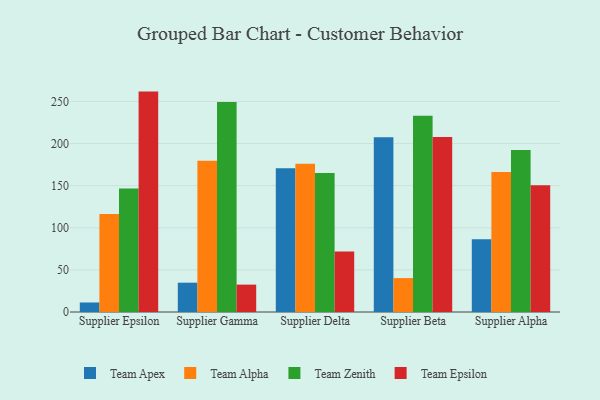
{"axis": {"x": "Supplier", "y": "Conversion Rate (%)"}, "legend": ["Team Alpha", "Team Apex", "Team Epsilon", "Team Zenith"], "data": [{"x": "Supplier Epsilon", "y": 11.3, "type": "Team Apex"}, {"x": "Supplier Epsilon", "y": 116.5, "type": "Team Alpha"}, {"x": "Supplier Epsilon", "y": 146.5, "type": "Team Zenith"}, {"x": "Supplier Epsilon", "y": 261.7, "type": "Team Epsilon"}, {"x": "Supplier Gamma", "y": 34.8, "type": "Team Apex"}, {"x": "Supplier Gamma", "y": 179.7, "type": "Team Alpha"}, {"x": "Supplier Gamma", "y": 249.3, "type": "Team Zenith"}, {"x": "Supplier Gamma", "y": 32.5, "type": "Team Epsilon"}, {"x": "Supplier Delta", "y": 170.7, "type": "Team Apex"}, {"x": "Supplier Delta", "y": 175.9, "type": "Team Alpha"}, {"x": "Supplier Delta", "y": 165.0, "type": "Team Zenith"}, {"x": "Supplier Delta", "y": 71.9, "type": "Team Epsilon"}, {"x": "Supplier Beta", "y": 207.5, "type": "Team Apex"}, {"x": "Supplier Beta", "y": 40.3, "type": "Team Alpha"}, {"x": "Supplier Beta", "y": 233.1, "type": "Team Zenith"}, {"x": "Supplier Beta", "y": 207.7, "type": "Team Epsilon"}, {"x": "Supplier Alpha", "y": 86.4, "type": "Team Apex"}, {"x": "Supplier Alpha", "y": 166.2, "type": "Team Alpha"}, {"x": "Supplier Alpha", "y": 192.5, "type": "Team Zenith"}, {"x": "Supplier Alpha", "y": 150.4, "type": "Team Epsilon"}]}